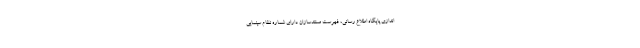
اندازی پایگاه اطلاع رسانی، فهرست مستندسازان دارای شماره نظام سینمایی